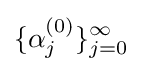
\{\alpha _{j}^{(0)}\}_{j=0}^{\infty }